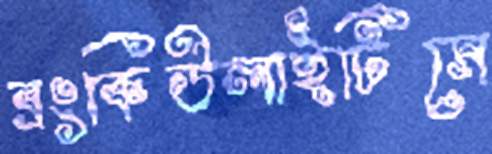
ব্রংকিউলাইটিসে